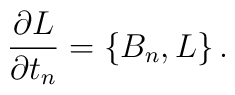
{\partial L\over\partial t_n} = \{ B_n , L\}\,.